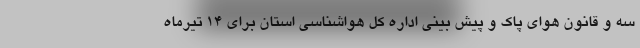
سه و قانون هوای پاک و پیش بینی اداره کل هواشناسی استان برای ۱۴ تیرماه